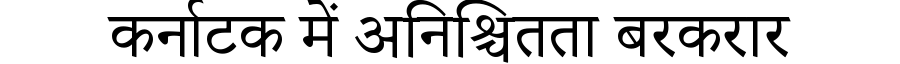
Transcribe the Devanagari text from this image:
कर्नाटक में अनिश्चितता बरकरार